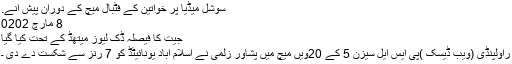
سوشل میڈیا پر خواتین کے فٹبال میچ کے دوران پیش آنے.
8 مارچ‬‮ 2020
جیت کا فیصلہ ڈک لیوز میتھڈ کے تحت کیا گیا
راولپنڈی (ویب ڈیسک )پی ایس ایل سیزن 5 کے 20ویں میچ میں پشاور زلمی نے اسلام آباد یونائیٹڈ کو 7 رنز سے شکست دے دی ۔